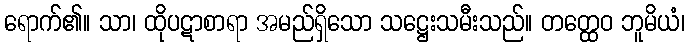
ရောက်၏။ သာ၊ ထိုပဋာစာရာ အမည်ရှိသော သဋ္ဌေးသမီးသည်။ တတ္ထေဝ ဘူမိယံ၊